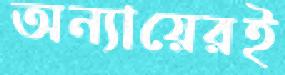
অন্যায়েরই